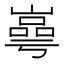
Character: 㠋